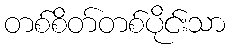
တစ်စိတ်တစ်ပိုင်းသာ